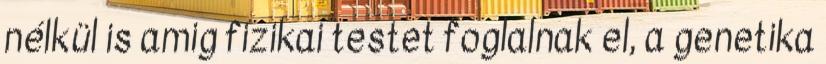
nélkül is amig fizikai testet foglalnak el, a genetika